Scottish Certificate of Education, 1962
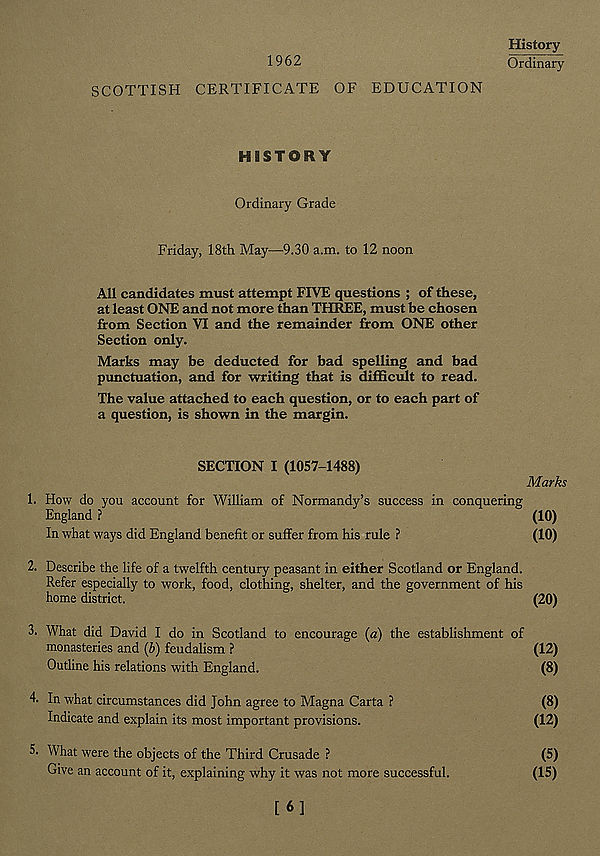
1962
SCOTTISH CERTIFICATE OF EDUCATION
History
Ordinary
HISTORY
Ordinary Grade
Friday, 18th May—9.30 a.m. to 12 noon
All candidates must attempt FIVE questions ; of these,
at least ONE and not more than THREE, must be chosen
from Section VI and the remainder from ONE other
Section only.
Marks may be deducted for bad spelling and bad
punctuation, and for writing that is difficult to read.
The value attached to each question, or to each part of
a question, is shown in the margin.
SECTION I (1057-1488)
Marks
1. How do you account for William of Normandy’s success in conquering
England ?
(10)
In what ways did England benefit or suffer from his rule ?
(10)
2. Describe the life of a twelfth century peasant in either Scotland or England.
Refer especially to work, food, clothing, shelter, and the government of his
home district.
(20)
3. What did David I do in Scotland to encourage (a) the establishment of
monasteries and (b) feudalism ?
(12)
Outline his relations with England.
(8)
4. In what circumstances did John agree to Magna Carta ?
(8)
Indicate and explain its most important provisions.
(12)
5. What were the objects of the Third Crusade ?
(5)
Give an account of it, explaining why it was not more successful.
(15)
[6]